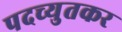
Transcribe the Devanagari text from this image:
पदच्युतकर